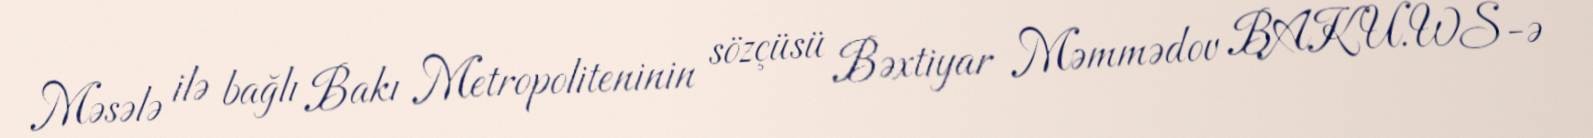
Məsələ ilə bağlı Bakı Metropoliteninin sözçüsü Bəxtiyar Məmmədov BAKU.WS-ə